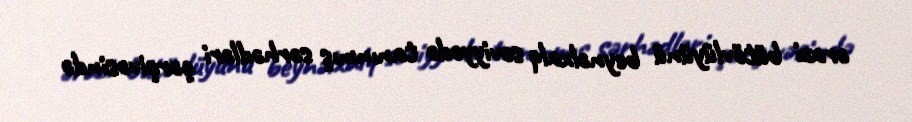
ərazi bütövlüyünü beynəlxalq səviyyədə tanınmış sərhədləri çərçivəsində